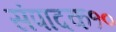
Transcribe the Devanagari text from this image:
संपादक१०